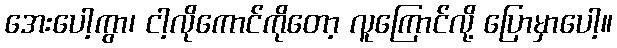
အေးပေါ့ကွာ၊ ငါ့လိုကောင်ကိုတော့ လူကြောင်လို့ ပြောမှာပေါ့။